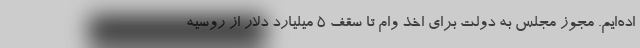
اده‌ایم. مجوز مجلس به دولت برای اخذ وام تا سقف ۵ میلیارد دلار از روسیه